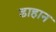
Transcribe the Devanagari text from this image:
डाहान